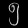
Digit: ၅